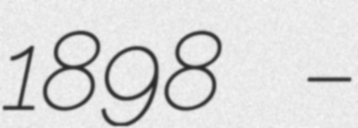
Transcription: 1898 –